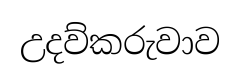
උදව්කරුවාව